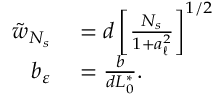
\begin{array} { r l } { \tilde { w } _ { N _ { s } } } & { { } = d \left[ \frac { N _ { s } } { 1 + a _ { \ell } ^ { 2 } } \right] ^ { 1 / 2 } } \\ { b _ { \varepsilon } } & { { } = \frac { b } { d L _ { 0 } ^ { \ast } } . } \end{array}